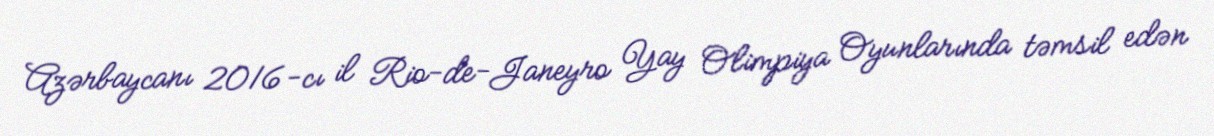
Azərbaycanı 2016-cı il Rio-de-Janeyro Yay Olimpiya Oyunlarında təmsil edən